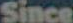
Since